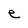
Character: e